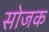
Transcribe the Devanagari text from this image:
सोजक